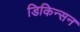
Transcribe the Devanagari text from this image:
डिकिन्‍सन